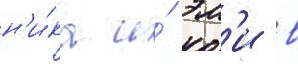
н'и́ка и́ эм'и в